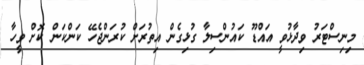
މިނިސްޓަރު ވިދާޅުވީ އައްޑޫ ކައުންސިލާ ގުޅިގެން އިތުރަށް ކުރަންޖެހޭ ކަންކަން ކޮށް ވީހާ